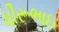
ધીરૂભાઇ